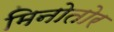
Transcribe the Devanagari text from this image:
मिनोतोर